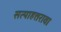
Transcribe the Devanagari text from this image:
सत्याहत्तरावा